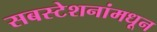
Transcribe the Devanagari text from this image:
सबस्टेशनांमधून